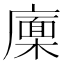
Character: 𢋏